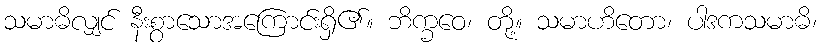
သမာဓိလျှင် နီးစွာသောအကြောင်းရှိ၏။ ဘိက္ခဝေ၊ တို့။ သမာဟိတော၊ ပါဒကသမာဓိ၊